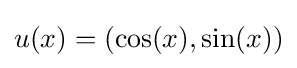
u(x)=\left(\cos(x),\sin(x)\right)